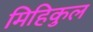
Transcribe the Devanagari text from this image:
मिहिकुल